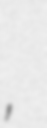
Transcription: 法子,